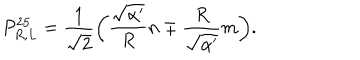
P _ { R , L } ^ { 2 5 } = \frac { 1 } { \sqrt { 2 } } \bigg ( \frac { \sqrt { \alpha ^ { \prime } } } { R } n \mp \frac { R } { \sqrt { \alpha ^ { \prime } } } m \bigg ) .